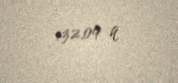
132,09 q